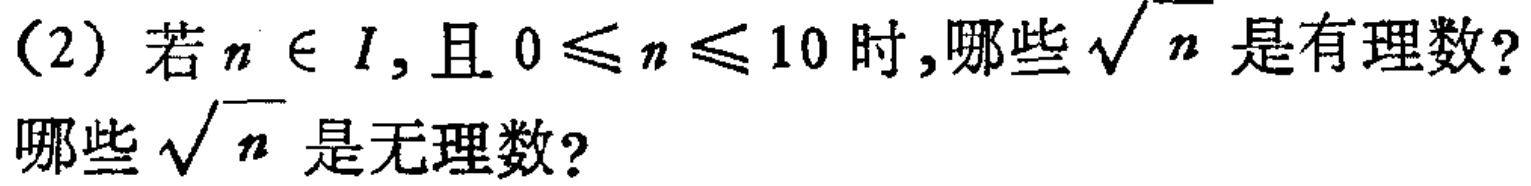
(2) 若$n \in I$，且$0 \leq n \leq 10$时,哪些$\sqrt{n}$是有理数?
哪些$\sqrt{n}$是无理数?